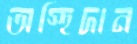
অস্হিদান